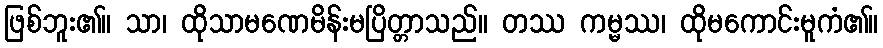
ဖြစ်ဘူး၏။ သာ၊ ထိုသာမဏေမိန်းမပြိတ္တာသည်။ တဿ ကမ္မဿ၊ ထိုမကောင်းမူကံ၏။